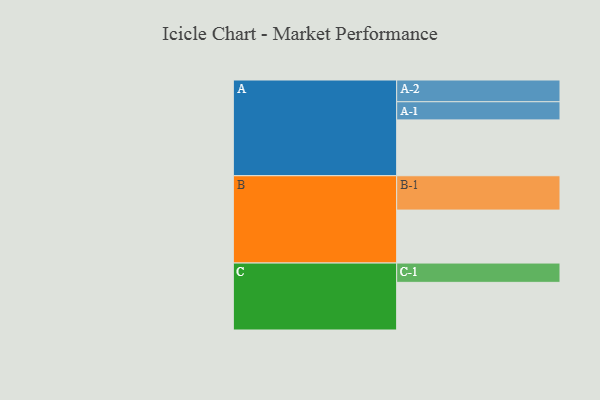
{"axis": {"x": "Segment", "y": "Value"}, "legend": ["", "A", "B", "C"], "data": [{"x": "A", "y": 483, "type": ""}, {"x": "B", "y": 458, "type": ""}, {"x": "C", "y": 412, "type": ""}, {"x": "A-1", "y": 157, "type": "A"}, {"x": "A-2", "y": 188, "type": "A"}, {"x": "B-1", "y": 297, "type": "B"}, {"x": "C-1", "y": 167, "type": "C"}]}